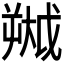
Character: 𫯷